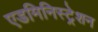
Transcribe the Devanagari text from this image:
एडमिनिस्ट्रेशन